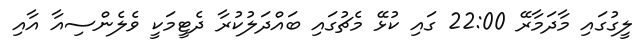
ލީގުގައި މާދަމާރޭ 22:00 ގައި ކުޅޭ މެޗުގައި ބައްދަލުކުރާ ދެޓީމަކީ ވެލެންސިއާ އާއި